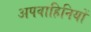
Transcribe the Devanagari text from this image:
अपवाहिनियों